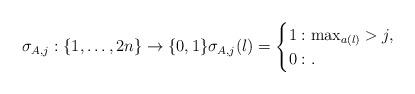
LaTeX: \begin{align*}\sigma_{A,j} : \{ 1 , \ldots , 2n \} \to \{ 0,1 \} \sigma_{A,j} (l) = \begin{cases}1 : \max_{a(l)} > j,\\0 : .\end{cases}\end{align*}